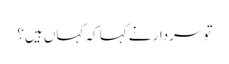
تو سردار نے کہا کہ کہاں ہیں؟